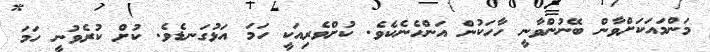
މަންމައަކަށްވާން ބޭނުންވާނީ ހާހަކުން އަންހެނެކެވެ. ކުށްވެރިއަކީ ހަމަ އަޅުގަނޑެވެ. ކުށް ކުރެވުނީ ހަމަ